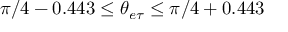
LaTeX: \pi / 4 - 0 . 4 4 3 \leq \theta _ { e \tau } \leq \pi / 4 + 0 . 4 4 3